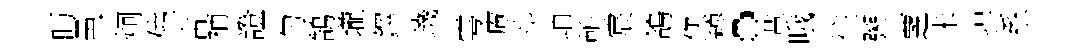
眄邑炯僥古補證匀鵠壠鐸璣雩庵斗岫輈宸鴿您穆。革哦往粥覂米捍系